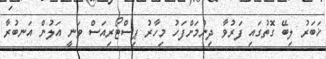
ޚަބަރު ލިބޭ ގޮތުގައި ފަރުވާ ދިނުމަށްފަހު މިހާރު ޕިސްޓޯރިއަސް ވަނީ އަލުން އަނބުރާ